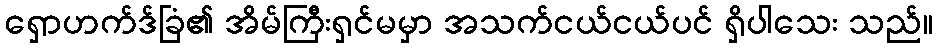
ရှောဟက်ဒ်ခြံ၏ အိမ်ကြီးရှင်မမှာ အသက်ငယ်ငယ်ပင် ရှိပါသေး သည်။